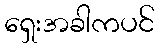
ရှေးအခါကပင်